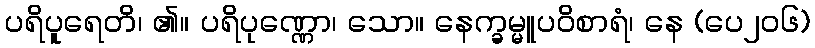
ပရိပူရေတိ၊ ၏။ ပရိပုဏ္ဏော၊ သော။ နေက္ခမ္မူပဝိစာရံ၊ နေ (ပေ၂၀၆)